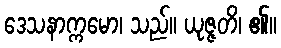
ဒေသနာက္ကမော၊ သည်။ ယုဇ္ဇတိ၊ ၏။